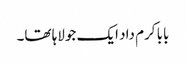
بابا کرم داد ایک جولاہا تھا۔